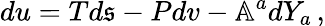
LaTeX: du=Td\mathfrak{s}-Pdv-\mathbb{A}^{a}dY_{a}\, ,